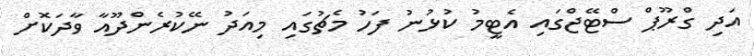
އަދި ގްރޫޕް ސްޓޭޖްގައި އެޓީމު ކުޅުނު ފަހު މެޗުގައި މިއަދު ނޭކުރެންދޫއާ ވާދަކޮށް